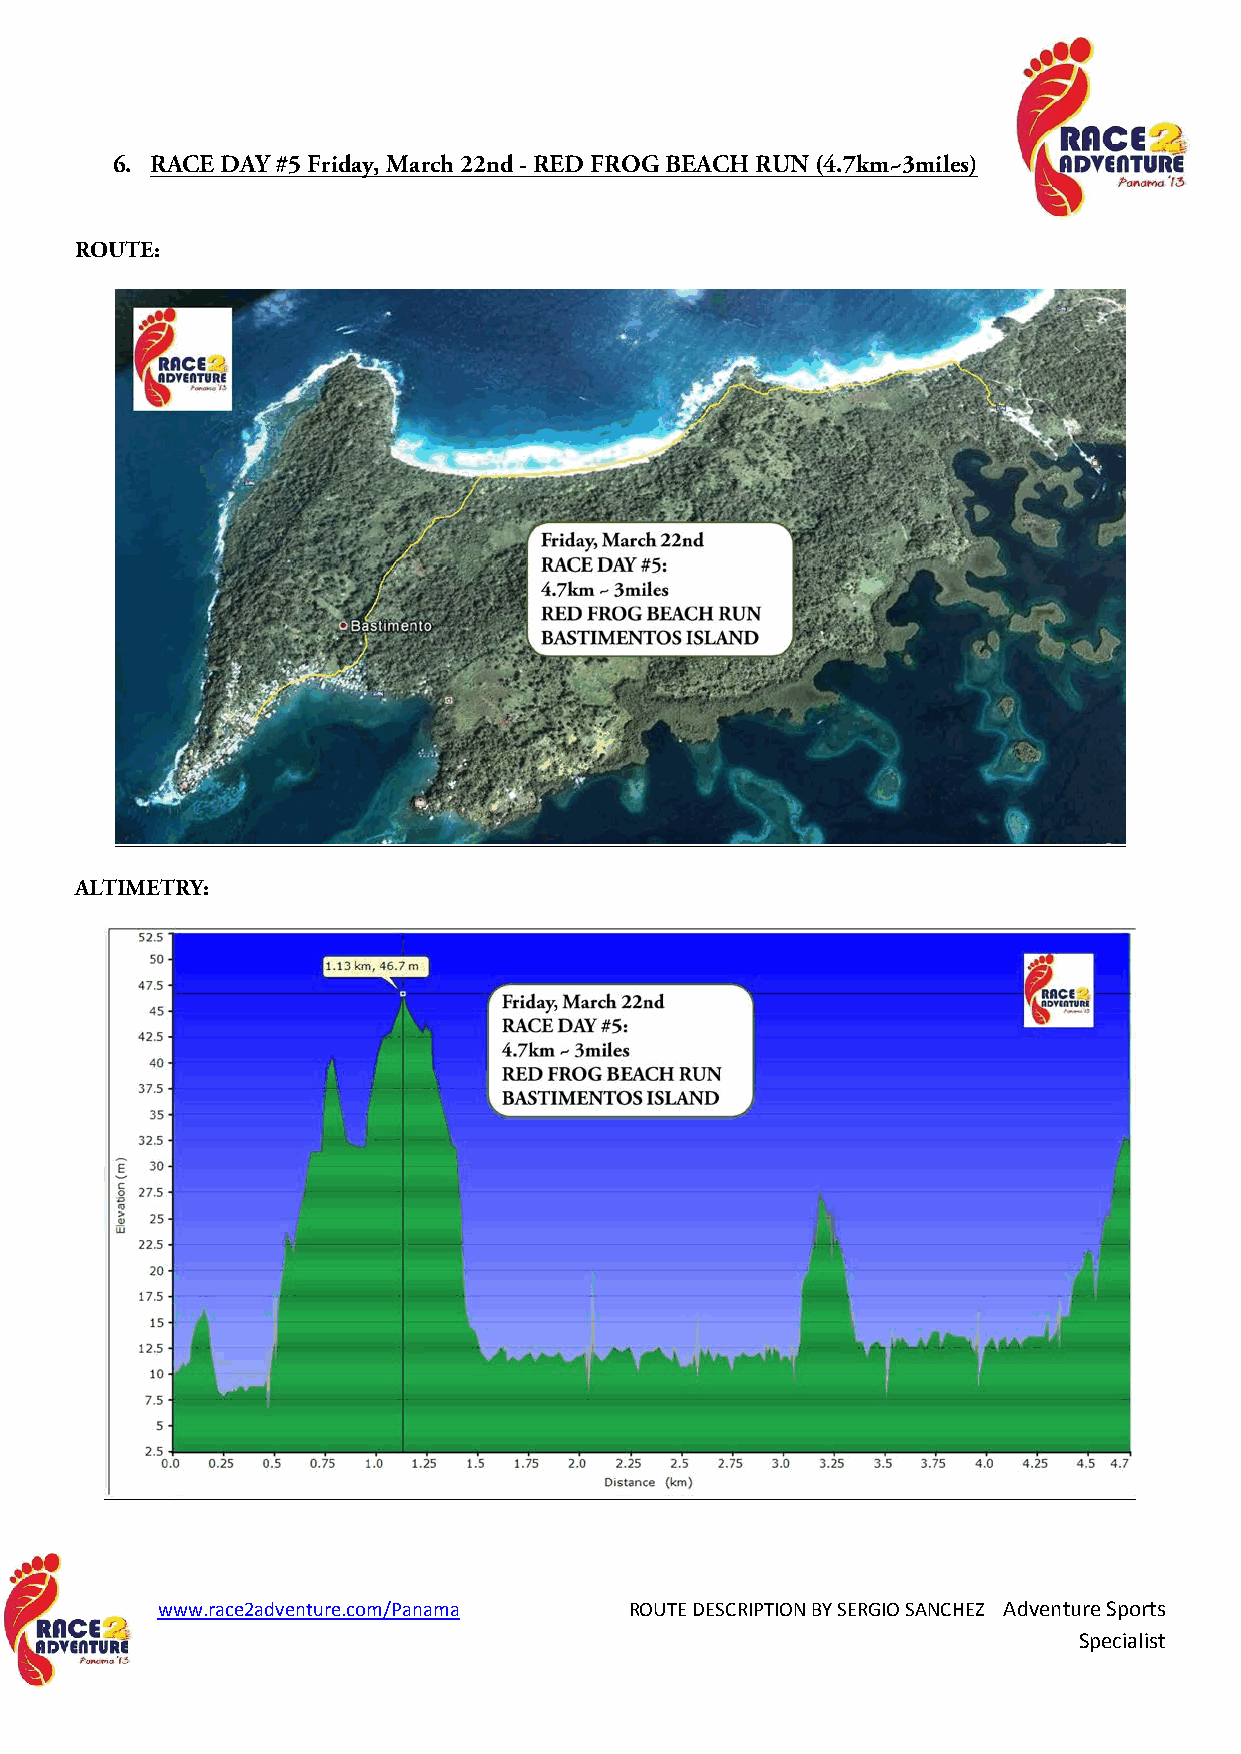
6. RACE DAY #5 Friday, March 22nd - RED FROG BEACH RUN (4.7km~3miles)
 ROUTE:
 ALTIMETRY:
 www.race2adventure.com/Panama   ROUTE DESCRIPTION BY SERGIO SANCHEZ Adventure Sports
 Specialist